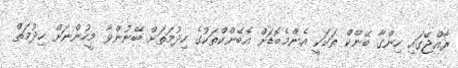
ރާއްޖޭގައި ހިންގާ ބޭންކް ތަކަކީ އެންމެބޮޑަށް އެބޭންކްތަކުގެ ހިދުމަތަށް ބޭނުންވާ މީހުންނަށް ހިދުމަތް